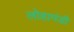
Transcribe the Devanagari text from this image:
लोहामंडी